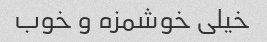
خیلی خوشمزه و خوب